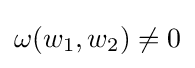
\omega (w_{1},w_{2})\neq 0